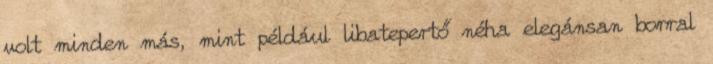
volt minden más, mint például libatepertő néha elegánsan borral